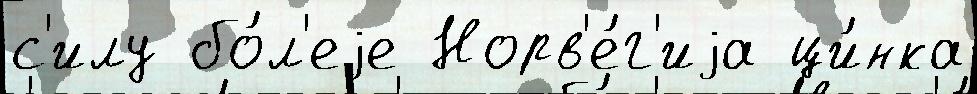
с'илу бо́л'еjе Норв'е́г'иjа ци́нка